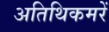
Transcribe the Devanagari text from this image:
अतिथिकमरें